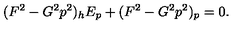
( F ^ { 2 } - G ^ { 2 } p ^ { 2 } ) _ { h } E _ { p } + ( F ^ { 2 } - G ^ { 2 } p ^ { 2 } ) _ { p } = 0 .